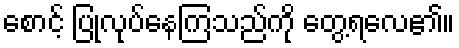
စောင့် ပြုလုပ်နေကြသည်ကို တွေ့ရလေ၏။